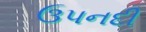
ઉપનદી